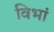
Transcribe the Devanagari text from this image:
विभां